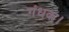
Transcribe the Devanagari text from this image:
गंधक।